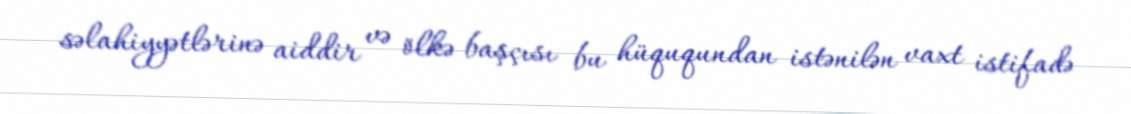
səlahiyyətlərinə aiddir və ölkə başçısı bu hüququndan istənilən vaxt istifadə